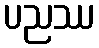
ပညဿ